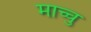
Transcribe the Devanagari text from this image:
माच्चु